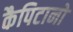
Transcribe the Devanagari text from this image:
कैपिटानो